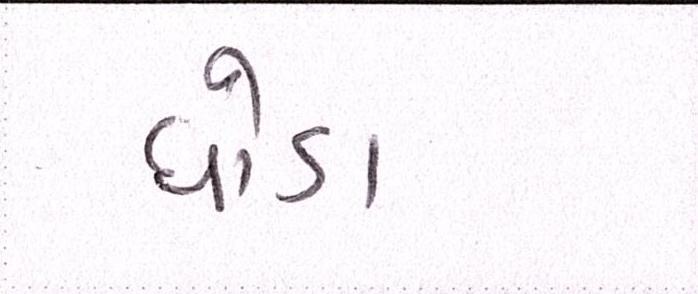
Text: ઘોડા